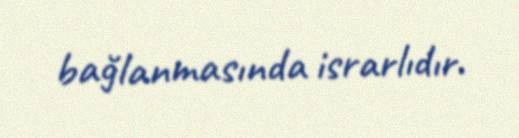
bağlanmasında israrlıdır.